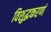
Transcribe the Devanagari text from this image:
विशुद्धकरणं